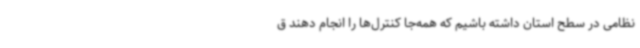
نظامی در سطح استان داشته باشیم که همه‌جا کنترل‌ها را انجام دهند ق